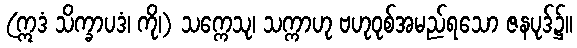
(ဣဒံ သိက္ခာပဒံ၊ ကို၊) သက္ကေသု၊ သက္ကာဟု ဗဟုဝုစ်အမည်ရသော ဇနပုဒ်၌။